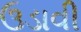
ઉડાવી